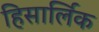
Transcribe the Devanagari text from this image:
हिसार्लिक